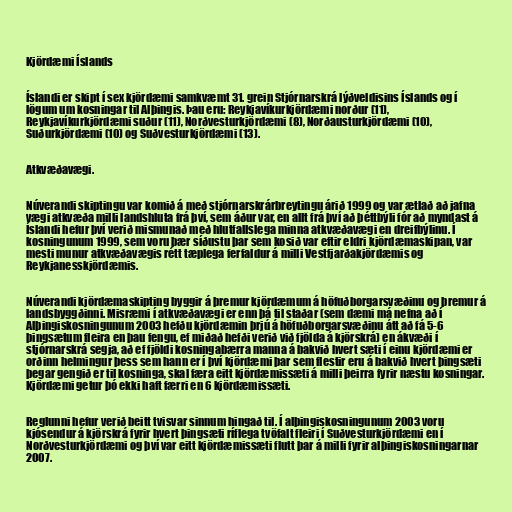
Kjördæmi Íslands

Íslandi er skipt í sex kjördæmi samkvæmt 31. grein Stjórnarskrá lýðveldisins Íslands og í
lögum um kosningar til Alþingis. Þau eru: Reykjavíkurkjördæmi norður (11),
Reykjavíkurkjördæmi suður (11), Norðvesturkjördæmi (8), Norðausturkjördæmi (10),
Suðurkjördæmi (10) og Suðvesturkjördæmi (13).

Atkvæðavægi.

Núverandi skiptingu var komið á með stjórnarskrárbreytingu árið 1999 og var ætlað að jafna
vægi atkvæða milli landshluta frá því, sem áður var, en allt frá því að þéttbýli fór að myndast á
Íslandi hefur því verið mismunað með hlutfallslega minna atkvæðavægi en dreifbýlinu. Í
kosningunum 1999, sem voru þær síðustu þar sem kosið var eftir eldri kjördæmaskipan, var
mesti munur atkvæðavægis rétt tæplega ferfaldur á milli Vestfjarðakjördæmis og
Reykjanesskjördæmis.

Núverandi kjördæmaskipting byggir á þremur kjördæmum á höfuðborgarsvæðinu og þremur á
landsbyggðinni. Misræmi í atkvæðavægi er enn þá til staðar (sem dæmi má nefna að í
Alþingiskosningunum 2003 hefðu kjördæmin þrjú á höfuðborgarsvæðinu átt að fá 5-6
þingsætum fleira en þau fengu, ef miðað hefði verið við fjölda á kjörskrá) en ákvæði í
stjórnarskrá segja, að ef fjöldi kosningabærra manna á bakvið hvert sæti í einu kjördæmi er
orðinn helmingur þess sem hann er í því kjördæmi þar sem flestir eru á bakvið hvert þingsæti
þegar gengið er til kosninga, skal færa eitt kjördæmissæti á milli þeirra fyrir næstu kosningar.
Kjördæmi getur þó ekki haft færri en 6 kjördæmissæti.

Reglunni hefur verið beitt tvisvar sinnum hingað til. Í alþingiskosningunum 2003 voru
kjósendur á kjörskrá fyrir hvert þingsæti ríflega tvöfalt fleiri í Suðvesturkjördæmi en í
Norðvesturkjördæmi og því var eitt kjördæmissæti flutt þar á milli fyrir alþingiskosningarnar
2007.